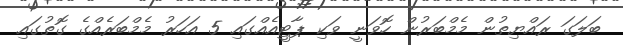
ބަލަގަ ރައްޔިތުން މެމްބަރުން ހޮވަނީ ވަކި ޕާޓީއެއްގައި 5 އަހަރު މެމްބަރެއްގެ ގޮތުގައި